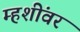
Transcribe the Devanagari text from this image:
म्हशींवर